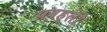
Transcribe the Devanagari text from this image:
प्रवह्ली